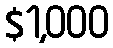
$1,000